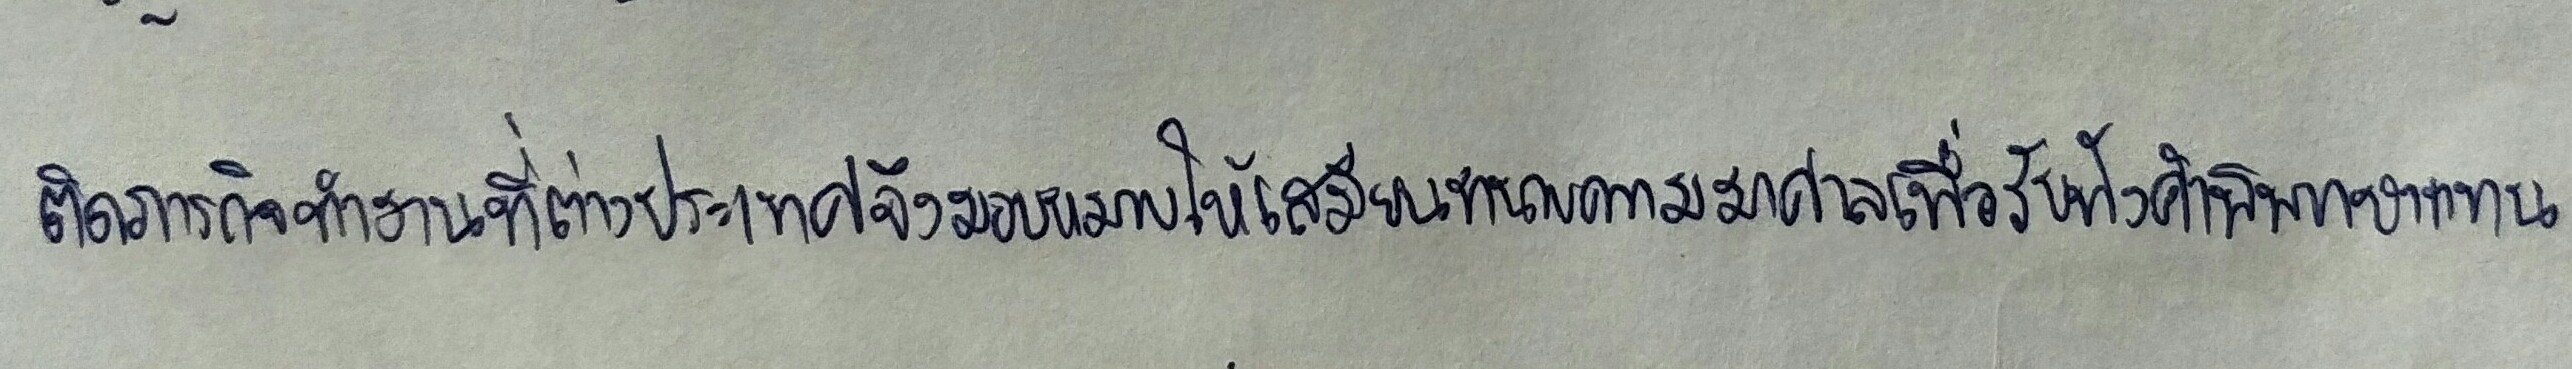
ติดภารกิจทำงานที่ต่างประเทศจึงมอบหมายให้เสมียนทนายความมาศาลเพื่อรับฟังคำพิพากษาแทน